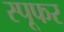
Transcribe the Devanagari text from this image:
स्पूफर